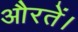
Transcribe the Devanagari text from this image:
औरतें।